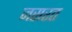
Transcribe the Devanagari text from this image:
जसरत